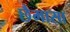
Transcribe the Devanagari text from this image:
छैमासा